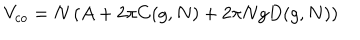
V _ { c o } = N \left( A + 2 \pi C ( g , N ) + 2 \pi N g D ( g , N ) \right)